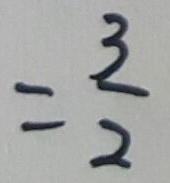
= \frac { 3 } { 2 }